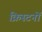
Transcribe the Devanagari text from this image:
क्रिस्टनों